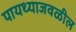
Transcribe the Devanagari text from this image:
पायथ्याजवळील